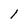
Character: 1